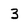
Character: 3